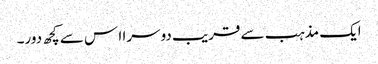
ایک مذہب سے قریب دوسرا ا س سے کچھ دور۔